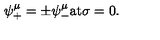
\psi _ { + } ^ { \mu } = \pm \psi _ { - } ^ { \mu } \mathrm { a t } \sigma = 0 .